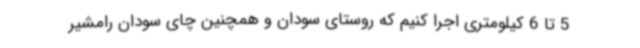
5 تا 6 کیلومتری اجرا کنیم که روستای سودان و همچنین چای سودان رامشیر